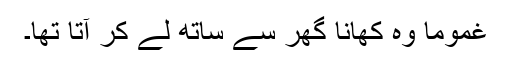
غموما وہ کھانا گھر سے ساتھ لے کر آتا تھا۔